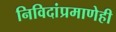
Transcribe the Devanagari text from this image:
निविदांप्रमाणेही